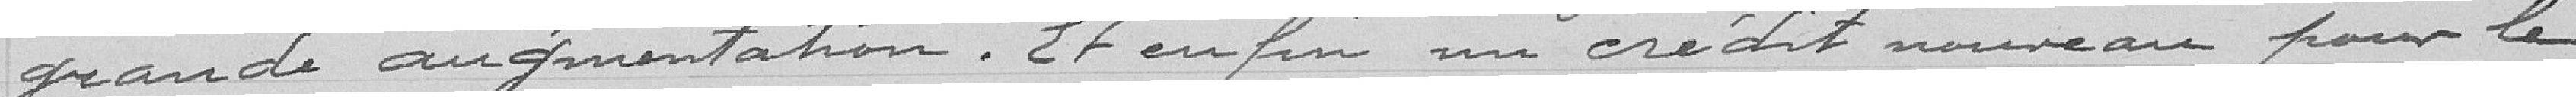
grande augmentation. et enfin un crédit nouveau pour le